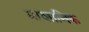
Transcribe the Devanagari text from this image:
प्राशानिक